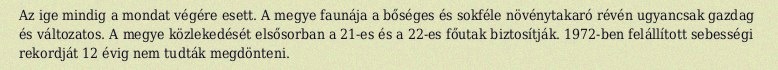
Az ige mindig a mondat végére esett. A megye faunája a bőséges és sokféle növénytakaró révén ugyancsak gazdag és változatos. A megye közlekedését elsősorban a 21-es és a 22-es főutak biztosítják. 1972-ben felállított sebességi rekordját 12 évig nem tudták megdönteni.